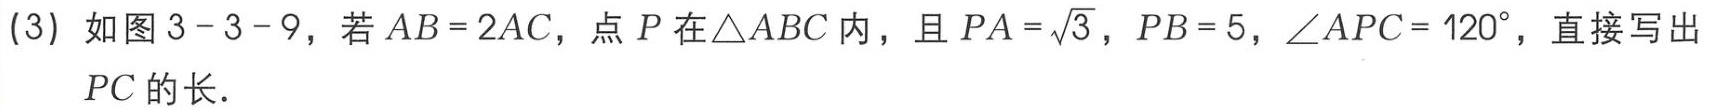
(3) 如图 3 - 3 - 9，若 \(AB = 2AC\)，点 \(P\) 在\(\triangle ABC\) 内，且 \(PA=\sqrt{3}\)，\(PB = 5\)，\(\angle APC = 120^{\circ}\)，直接写出 \(PC\) 的长．